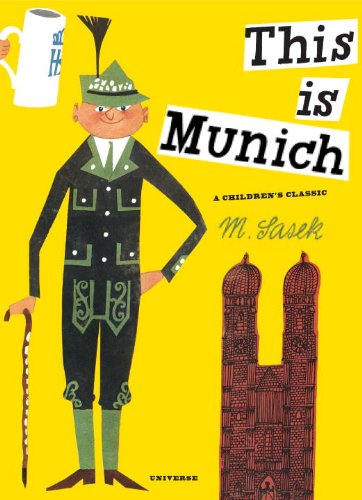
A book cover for This is Munich (M. Sasek Serie); M. Sasek; Children's Books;